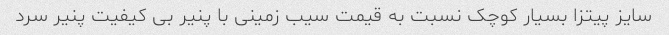
سایز پیتزا بسیار کوچک نسبت به قیمت سیب زمینی با پنیر بی کیفیت پنیر سرد